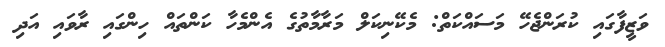
ވަޒީފާގައި ކުރަންޖެހޭ މަސައްކަތް: މެކޭނިކަލް މަރާމާތުގެ އެންމެހާ ކަންތައް ހިންގައި ރާވައި އަދި